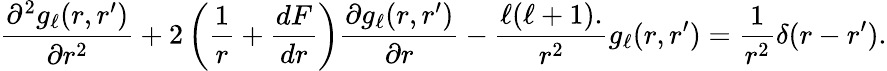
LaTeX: {\frac{\partial^{2}g_{\ell}(r,r^{\prime})}{\partial r^{2}}}+2\left({\frac{1}{r}}+{\frac{dF}{dr}}\right){\frac{\partial g_{\ell}(r,r^{\prime})}{\partial r}}-{\frac{{\ell(\ell+1)}.}{r^{2}}}g_{\ell}(r,r^{\prime})={\frac{1}{r^{2}}}\delta(r-r^{\prime}).